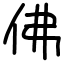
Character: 佛